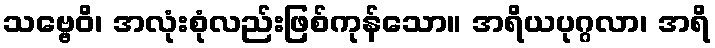
သဗ္ဗေဝိ၊ အလုံးစုံလည်းဖြစ်ကုန်သော။ အရိယပုဂ္ဂလာ၊ အရိ